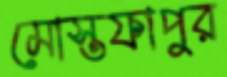
মোস্তফাপুর